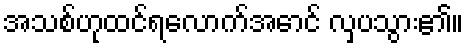
အသစ်ဟုထင်ရလောက်အောင် လှပသွား၏။